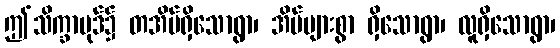
ဤသိက္ခာပုဒ်၌ တအိမ်ရှိသောရွာ၊ အိမ်များစွာ ရှိသောရွာ၊ လူရှိသောရွာ၊